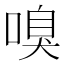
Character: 嗅